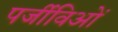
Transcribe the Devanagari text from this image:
पर्जीविओं